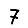
Digit: 7